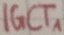
Text: IGCT1